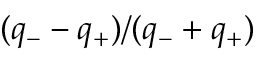
( q _ { - } - q _ { + } ) / ( q _ { - } + q _ { + } )